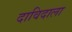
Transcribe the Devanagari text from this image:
दाविदाला